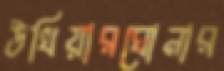
উখিয়ারঘোনার